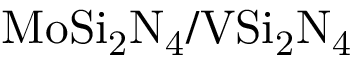
\mathrm { M o S i _ { 2 } N _ { 4 } / V S i _ { 2 } N _ { 4 } }